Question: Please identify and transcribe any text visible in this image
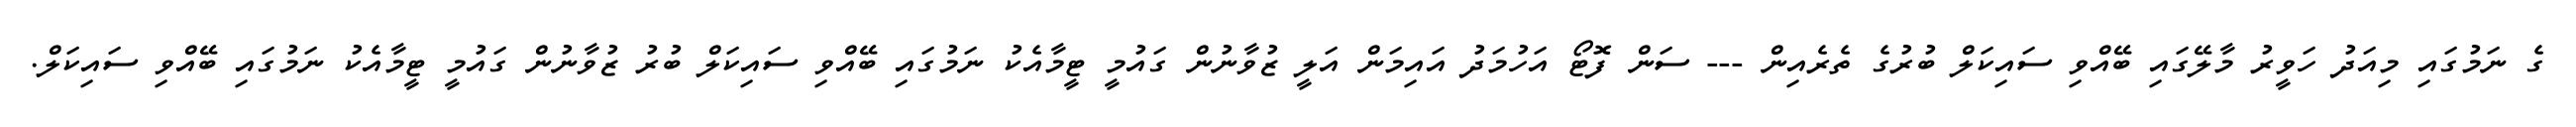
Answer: ގެ ނަމުގައި މިއަދު ހަވީރު މާލޭގައި ބޭއްވި ސައިކަލް ބުރުގެ ތެރެއިން --- ސަން ފޮޓޯ އަހުމަދު އައިމަން އަލީ ޒުވާނުން ގައުމީ ޓީމާއެކު ނަމުގައި ބޭއްވި ސައިކަލް ބުރު ޒުވާނުން ގައުމީ ޓީމާއެކު ނަމުގައި ބޭއްވި ސައިކަލް.